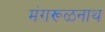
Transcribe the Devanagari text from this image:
मंगरूळनाथ